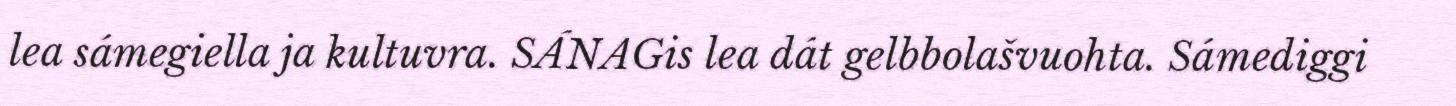
lea sámegiella ja kultuvra. SÁNAGis lea dát gelbbolašvuohta. Sámediggi